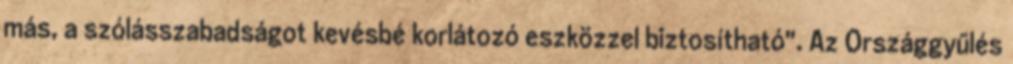
más, a szólásszabadságot kevésbé korlátozó eszközzel biztosítható". Az Országgyűlés